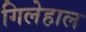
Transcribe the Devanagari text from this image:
गिलेहाल